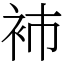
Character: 𧘟